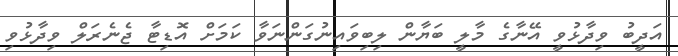
އަދީބު ވިދާޅުވީ އޭނާގެ މާލީ ބަޔާން ލިބިވަައިނުގަންނަވާ ކަމަށް އޮޑިޓާ ޖެނެރަލް ވިދާޅުވި